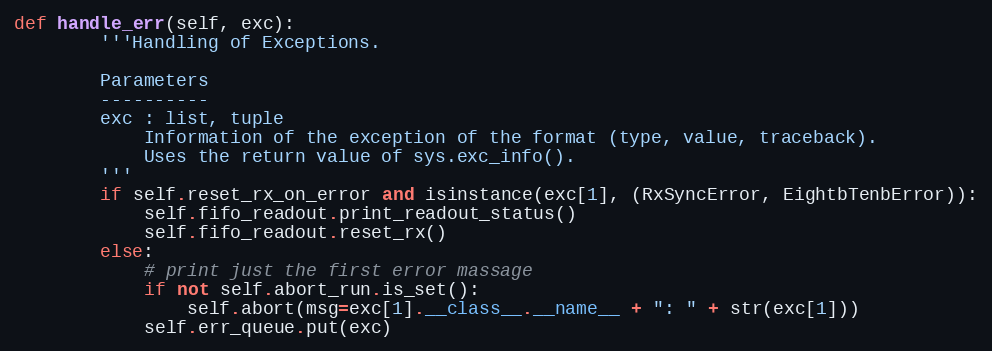
Language: Python
def handle_err(self, exc):
        '''Handling of Exceptions.

        Parameters
        ----------
        exc : list, tuple
            Information of the exception of the format (type, value, traceback).
            Uses the return value of sys.exc_info().
        '''
        if self.reset_rx_on_error and isinstance(exc[1], (RxSyncError, EightbTenbError)):
            self.fifo_readout.print_readout_status()
            self.fifo_readout.reset_rx()
        else:
            # print just the first error massage
            if not self.abort_run.is_set():
                self.abort(msg=exc[1].__class__.__name__ + ": " + str(exc[1]))
            self.err_queue.put(exc)